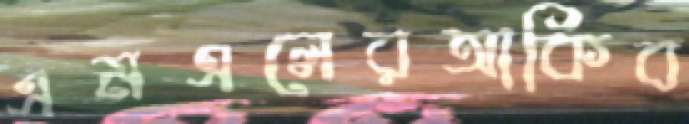
এমএলেরআকিব